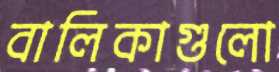
বালিকাগুলো